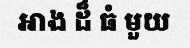
អាង ដ៏ ធំ មួយ